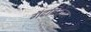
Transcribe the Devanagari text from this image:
गॅटविकला